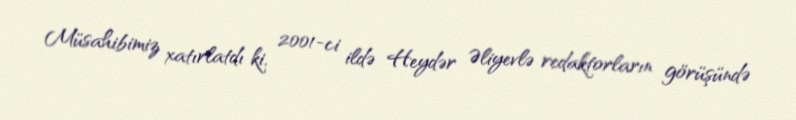
Müsahibimiz xatırlatdı ki, 2001-ci ildə Heydər Əliyevlə redaktorların görüşündə